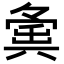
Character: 𡖸